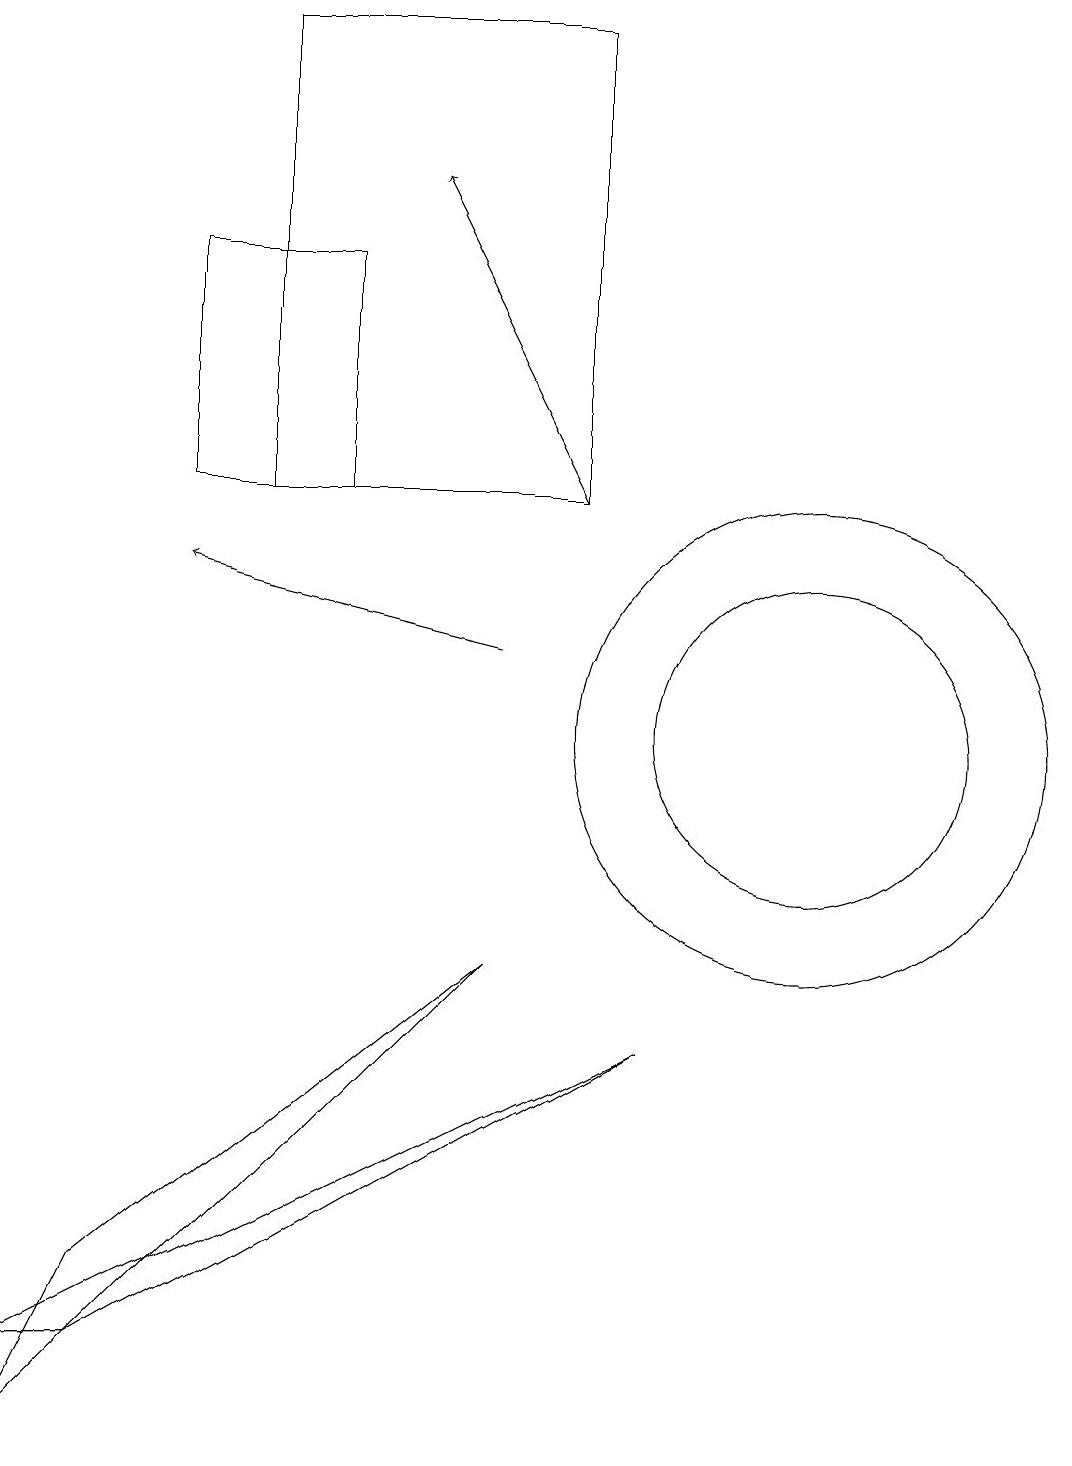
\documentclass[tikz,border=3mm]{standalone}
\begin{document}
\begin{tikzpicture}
\draw[->] (7,11) -- (3,12);
\draw (2,2) -- (1,2) -- (9,6) -- cycle;
\draw (11,10) circle (3);
\draw (3,16) rectangle (5,13);
\draw[->] (8,13) -- (6,17);
\draw (8,13) rectangle (4,19);
\draw (11,10) circle (2);
\draw (7,7) -- (1,1) -- (2,3) -- cycle;
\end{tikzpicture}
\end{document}